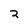
Character: 2